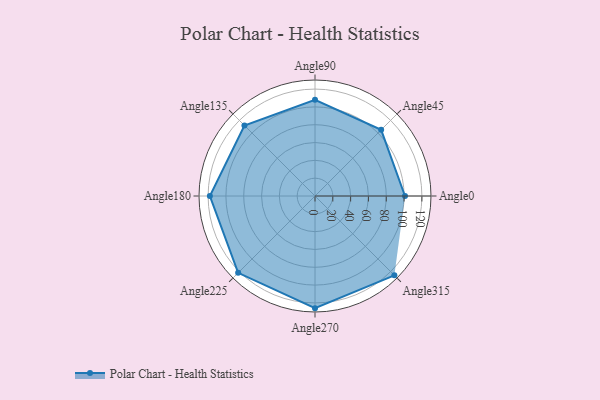
{"axis": {"x": "Angle", "y": "Radius"}, "legend": [""], "data": [{"x": "Angle0", "y": 101.0, "type": ""}, {"x": "Angle45", "y": 105.0, "type": ""}, {"x": "Angle90", "y": 108.0, "type": ""}, {"x": "Angle135", "y": 112.0, "type": ""}, {"x": "Angle180", "y": 118.0, "type": ""}, {"x": "Angle225", "y": 122.0, "type": ""}, {"x": "Angle270", "y": 126.0, "type": ""}, {"x": "Angle315", "y": 126.0, "type": ""}]}